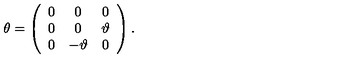
\theta = \left( \begin{array} { c c c } { 0 } & { 0 } & { 0 } \\ { 0 } & { 0 } & { \vartheta } \\ { 0 } & { - \vartheta } & { 0 } \\ \end{array} \right) .